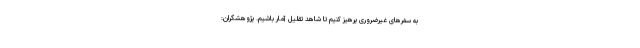
به سفرهای غیرضروری پرهیز کنیم تا شاهد تقلیل آمار باشیم. پژوهشگران: